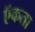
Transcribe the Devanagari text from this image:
ऍकता